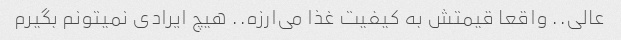
عالی.. واقعا قیمتش به کیفیت غذا می‌ارزه.. هیچ ایرادی نمیتونم بگیرم